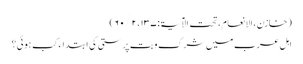
(خازن، الانعام، تحت الآیۃ: ۱۳۷، ۲ / ۶۰)
اہلِ عرب میں شرک و بت پرستی کی ابتداء کب ہوئی؟